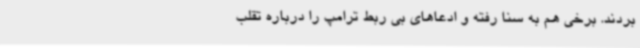
بردند. برخی هم به سنا رفته و ادعاهای بی ربط ترامپ را درباره تقلب